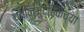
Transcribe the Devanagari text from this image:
ध्वनिमुद्रिकेच्या